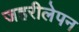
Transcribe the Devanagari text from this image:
जहरीलेपन